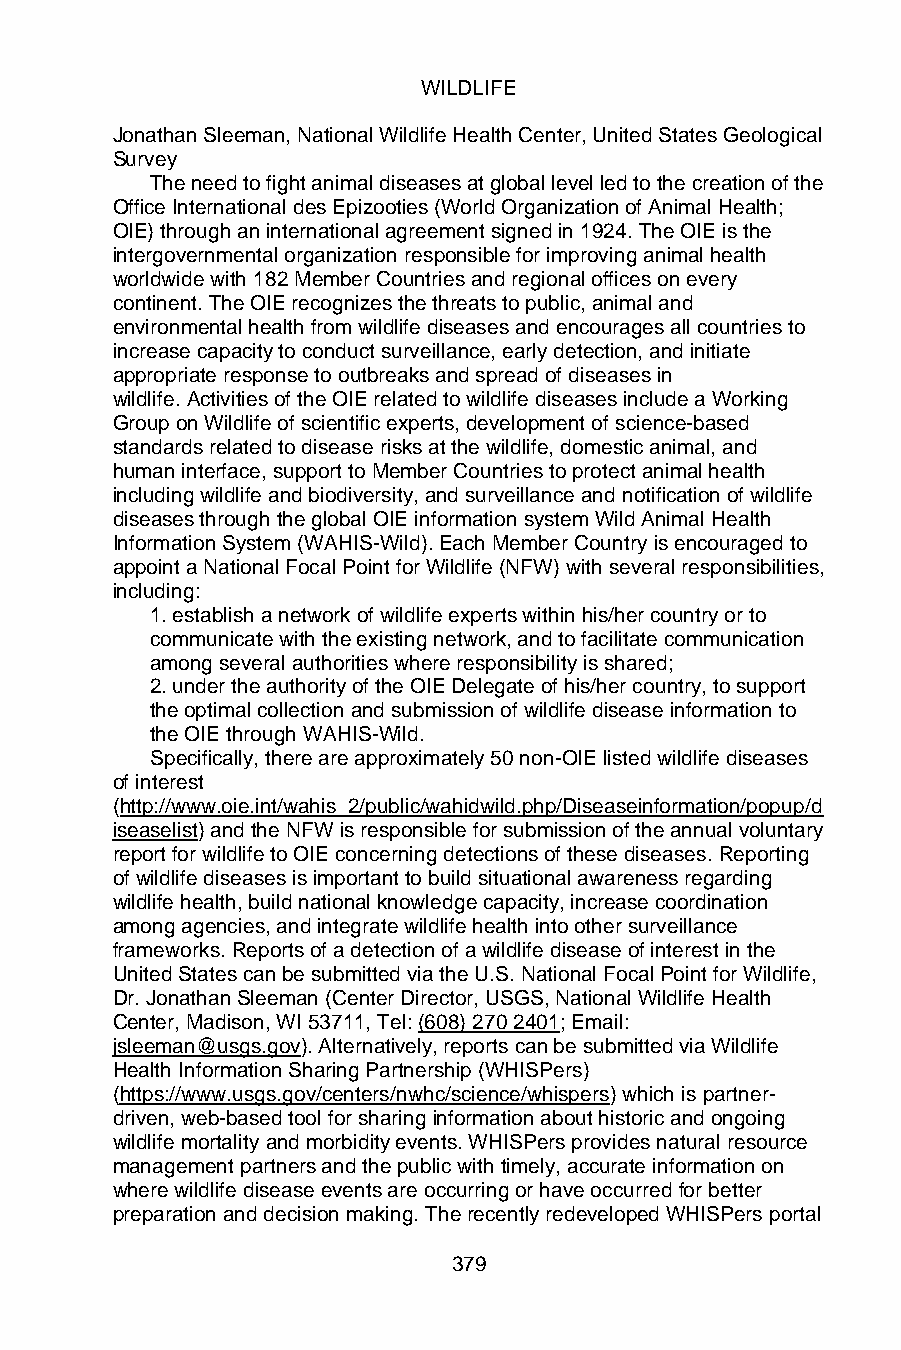
WILDLIFE
 Jonathan Sleeman, National Wildlife Health Center, United States Geological
 Survey
 The need to fight animal diseases at global level led to the creation of the
 Office International des Epizooties (World Organization of Animal Health;
 OIE) through an international agreement signed in 1924. The OIE is the
 intergovernmental organization responsible for improving animal health
 worldwide with 182 Member Countries and regional offices on every
 continent. The OIE recognizes the threats to public, animal and
 environmental health from wildlife diseases and encourages all countries to
 increase capacity to conduct surveillance, early detection, and initiate
 appropriate response to outbreaks and spread of diseases in
 wildlife. Activities of the OIE related to wildlife diseases include a Working
 Group on Wildlife of scientific experts, development of science-based
 standards related to disease risks at the wildlife, domestic animal, and
 human interface, support to Member Countries to protect animal health
 including wildlife and biodiversity, and surveillance and notification of wildlife
 diseases through the global OIE information system Wild Animal Health
 Information System (WAHIS-Wild). Each Member Country is encouraged to
 appoint a National Focal Point for Wildlife (NFW) with several responsibilities,
 including:
 1. establish a network of wildlife experts within his/her country or to
 communicate with the existing network, and to facilitate communication
 among several authorities where responsibility is shared;
 2. under the authority of the OIE Delegate of his/her country, to support
 the optimal collection and submission of wildlife disease information to
 the OIE through WAHIS-Wild.
 Specifically, there are approximately 50 non-OIE listed wildlife diseases
 of interest
 (http://www.oie.int/wahis_2/public/wahidwild.php/Diseaseinformation/popup/d
 iseaselist) and the NFW is responsible for submission of the annual voluntary
 report for wildlife to OIE concerning detections of these diseases. Reporting
 of wildlife diseases is important to build situational awareness regarding
 wildlife health, build national knowledge capacity, increase coordination
 among agencies, and integrate wildlife health into other surveillance
 frameworks. Reports of a detection of a wildlife disease of interest in the
 United States can be submitted via the U.S. National Focal Point for Wildlife,
 Dr. Jonathan Sleeman (Center Director, USGS, National Wildlife Health
 Center, Madison, WI 53711, Tel: (608) 270 2401; Email:
 jsleeman@usgs.gov). Alternatively, reports can be submitted via Wildlife
 Health Information Sharing Partnership (WHISPers)
 (https://www.usgs.gov/centers/nwhc/science/whispers) which is partner-
 driven, web-based tool for sharing information about historic and ongoing
 wildlife mortality and morbidity events. WHISPers provides natural resource
 management partners and the public with timely, accurate information on
 where wildlife disease events are occurring or have occurred for better
 preparation and decision making. The recently redeveloped WHISPers portal
 379